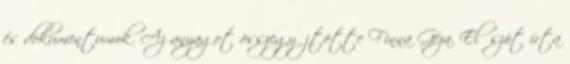
és dokumentumok. Az anyagot összegyűjtötte Finna Géza. Előszót írta